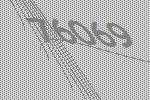
76069